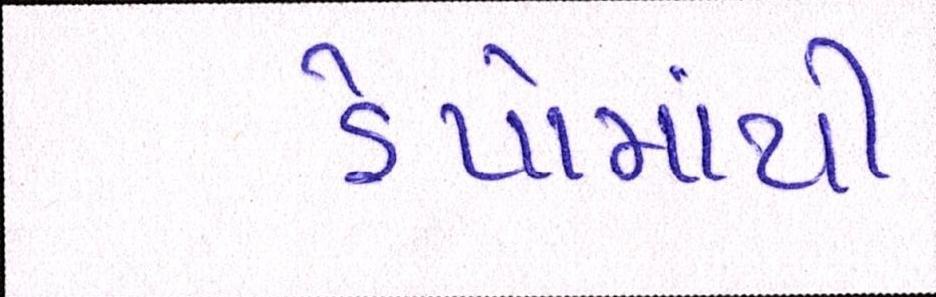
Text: ડેપોમાંથી